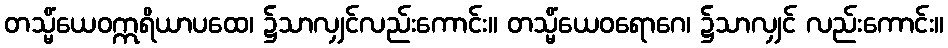
တသ္မိံယေဝဣရိယာပထေ၊ ၌သာလျှင်လည်းကောင်း။ တသ္မိံယေဝရောဂေ၊ ၌သာလျှင် လည်းကောင်း။